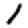
Digit: 1